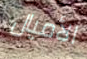
الأميال